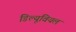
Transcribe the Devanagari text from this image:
डिल्यूवियल